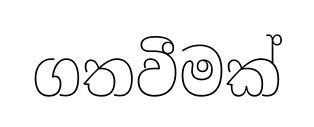
ගතවීමක්